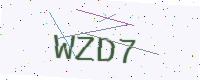
Text: WZD7